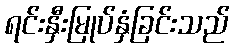
ရင်းနှီးမြုပ်နှံခြင်းသည်